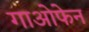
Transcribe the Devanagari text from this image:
गाओफेन